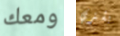
ومعك يشتري